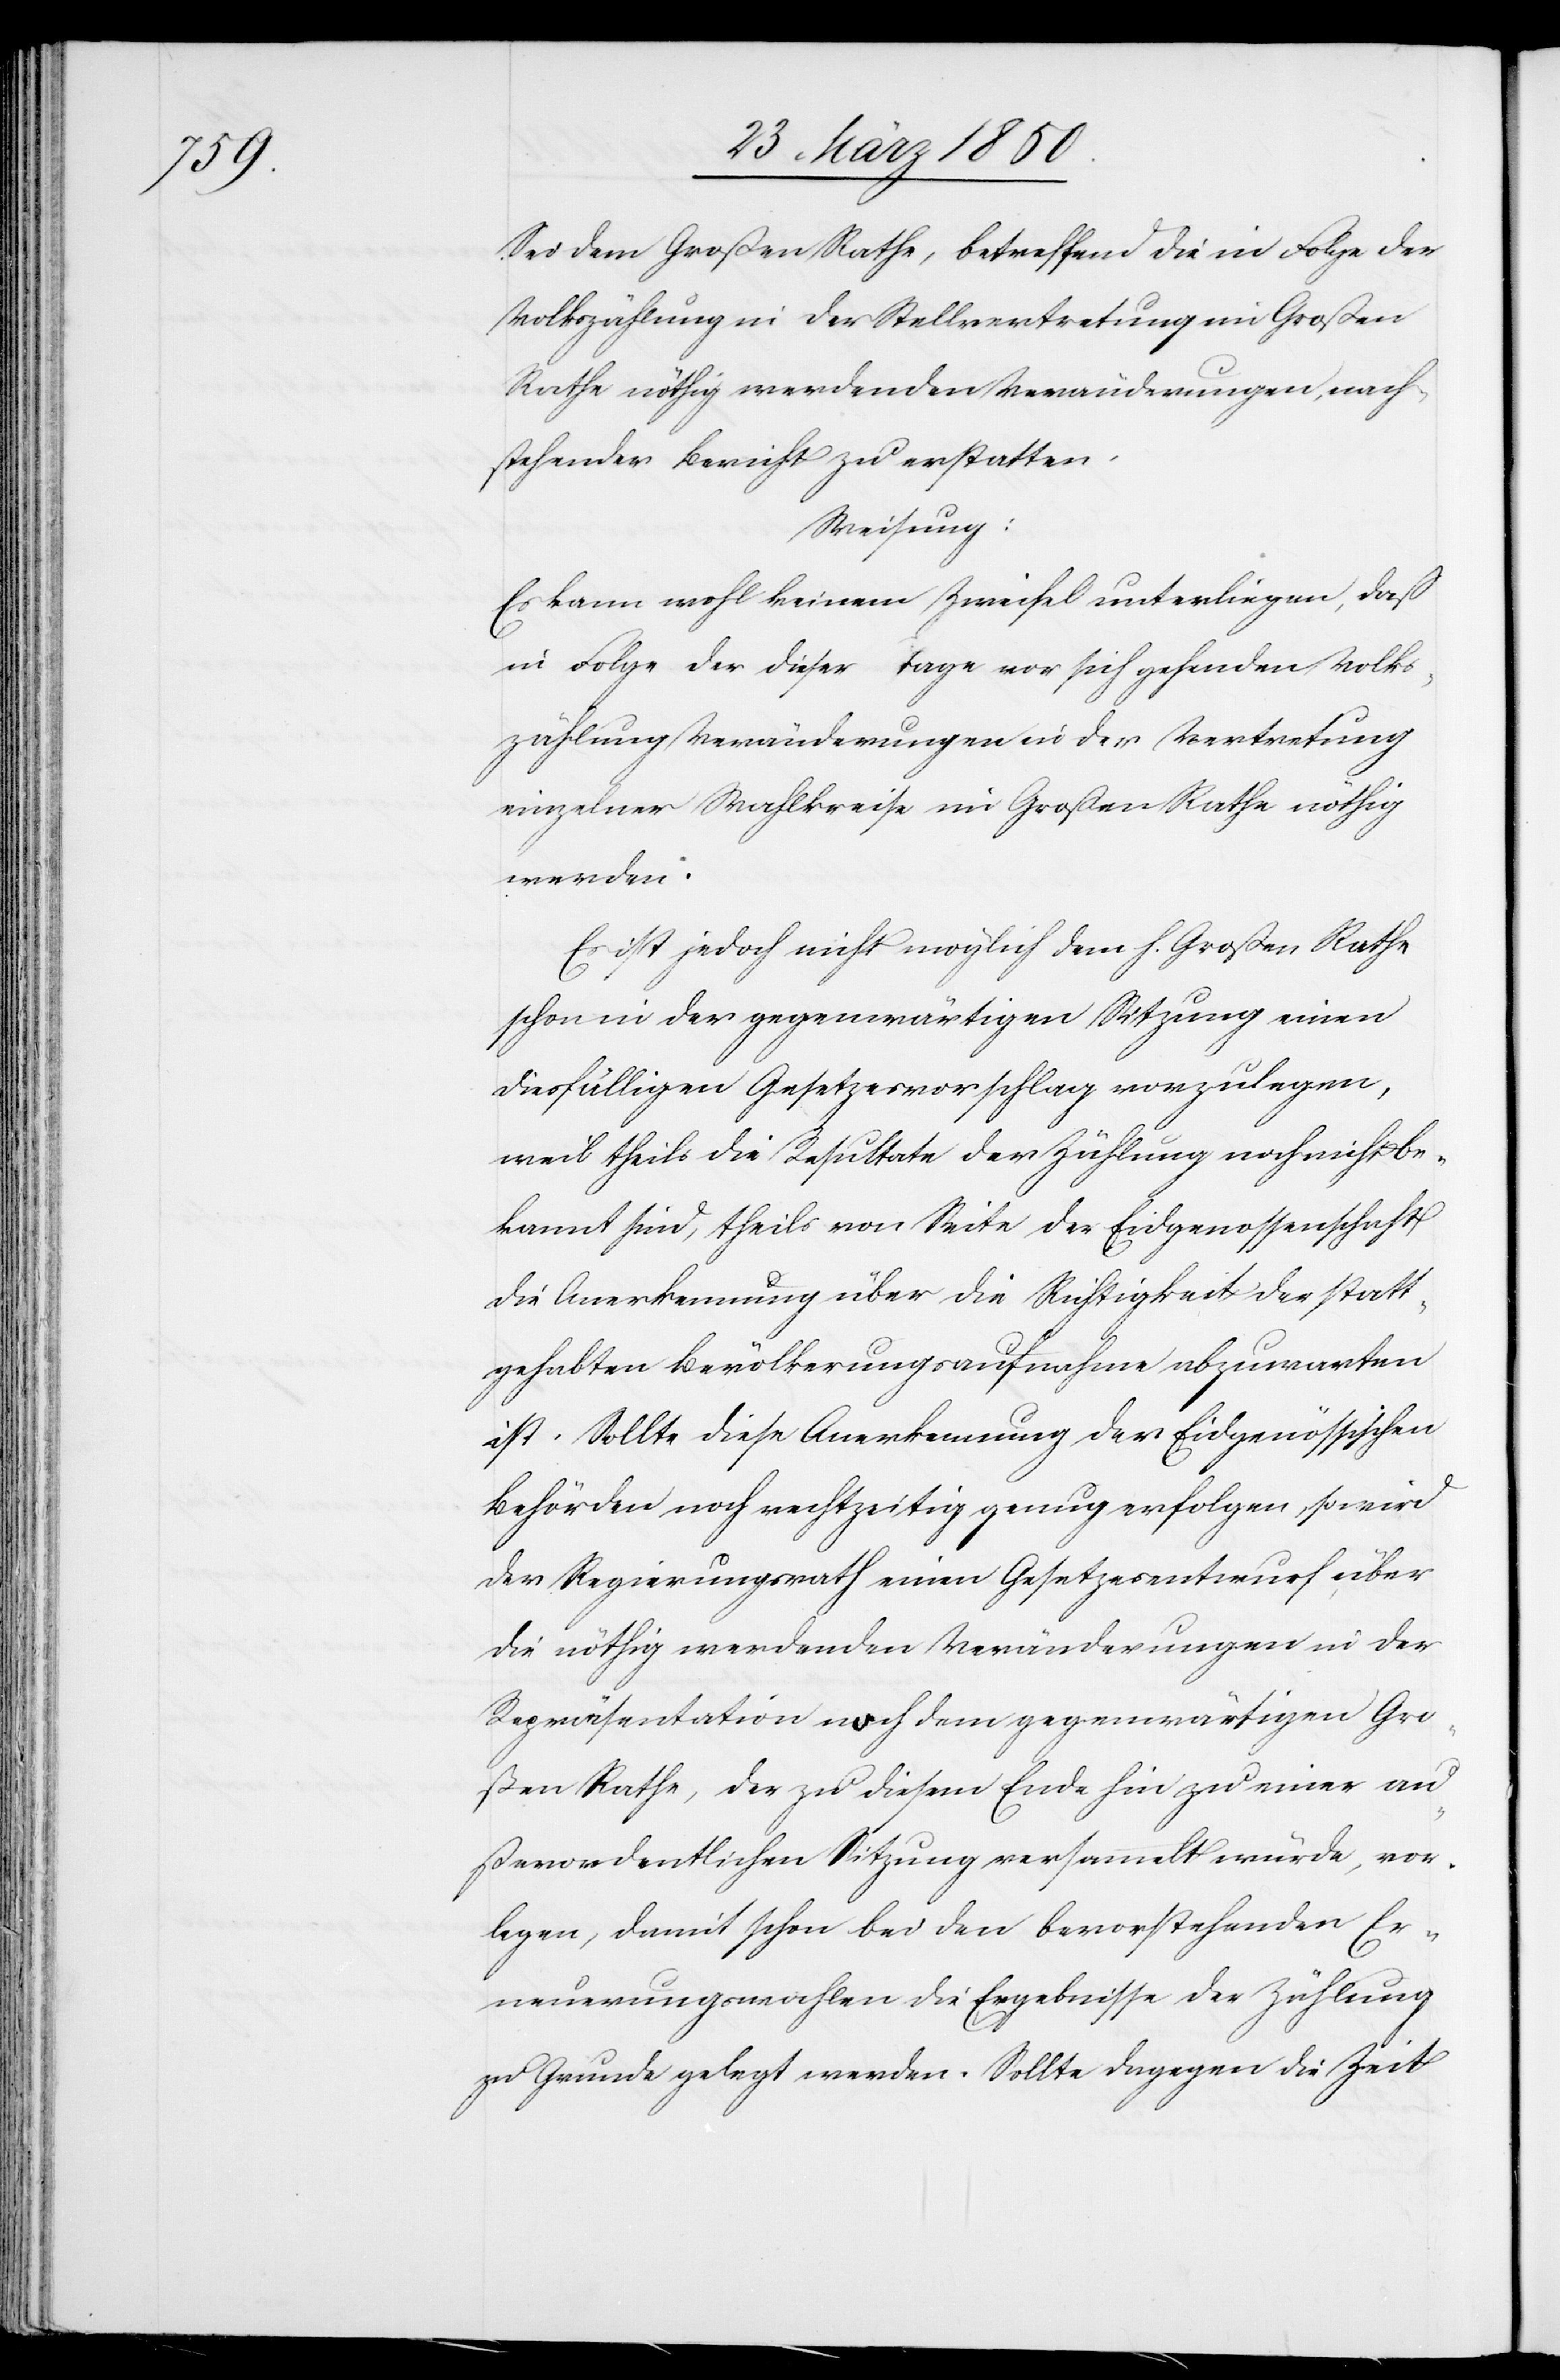
Sei dem Großen Rathe, betreffend die in Folge der
Volkszählung in der Stellvertretung im Großen
Rathe nöthig werdenden Veränderungen, nach¬
stehender Bericht zu erstatten.
Weisung:
Es kann wohl keinem Zweifel unterliegen, daß
in Folge der dieser Tage vor sich gehenden Volks¬
zählug Veränderungen in der Vertretung
einzelner Wahlkreise im Großen Rathe nöthig
werden.
Es ist jedoch nicht möglich dem h. Großen Rathe
schon in der gegenwärtigen Sitzung einen
diesfälligen Gesetzesvorschlag vorzulegen,
weil theils die Resultate der Zählung noch nicht be¬
kannt sind, theils von Seite der Eidgenossenschaft
die Anerkennung über die Richtigkeit der statt¬
gehabten Bevölkerungsaufnahme abzuwarten
ist. Sollte diese Anerkennung der Eidgenössischen
Behörden noch rechtzeitig genug erfolgen, so wird
der Regierungsrath einen Gesetzesentwurf über
die nöthig werdenden Veränderungen in der
Repräsentation noch dem gegenwärtigen Gro¬
ßen Rathe, der zu diesem Ende hin zu einer au¬
ßerordentlichen Sitzung versammelt würde, vor¬
legen, damit schon bei den bevorstehenden Er¬
neuerungswahlen die Ergebnisse der Zählung
zu Grunde gelegt werden. Sollte dagegen die Zeit